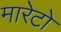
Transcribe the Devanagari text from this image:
मारेटो